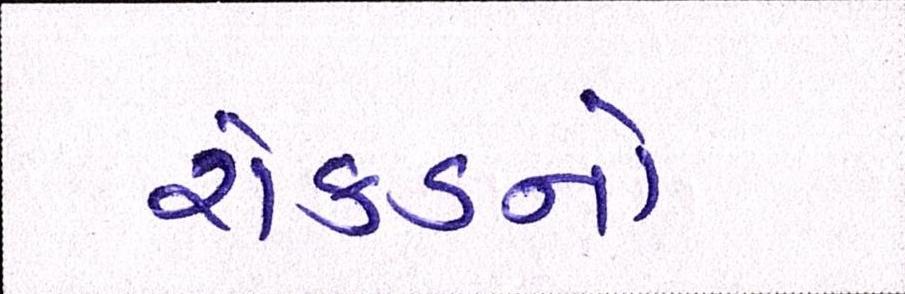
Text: રોકડનો